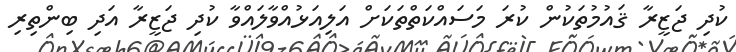
ކުދި ޖަޒީރާ ޤައުމުތަކުން ކުރަ މަސައްކަތްތަކަށް އަލިއަޅުއްވާލައްވާ ކުދި ޖަޒީރާ އަދި ބިންތިރި